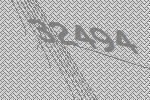
32494